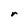
Character: r